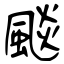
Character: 颷